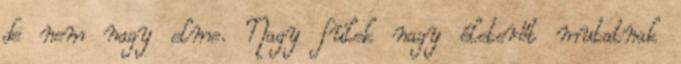
de nem nagy elme. Nagy fülek nagy életerőt mutatnak